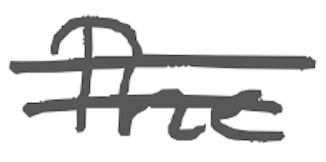
Text: The
Cross-out: double-line
Writing tool: digital_gray